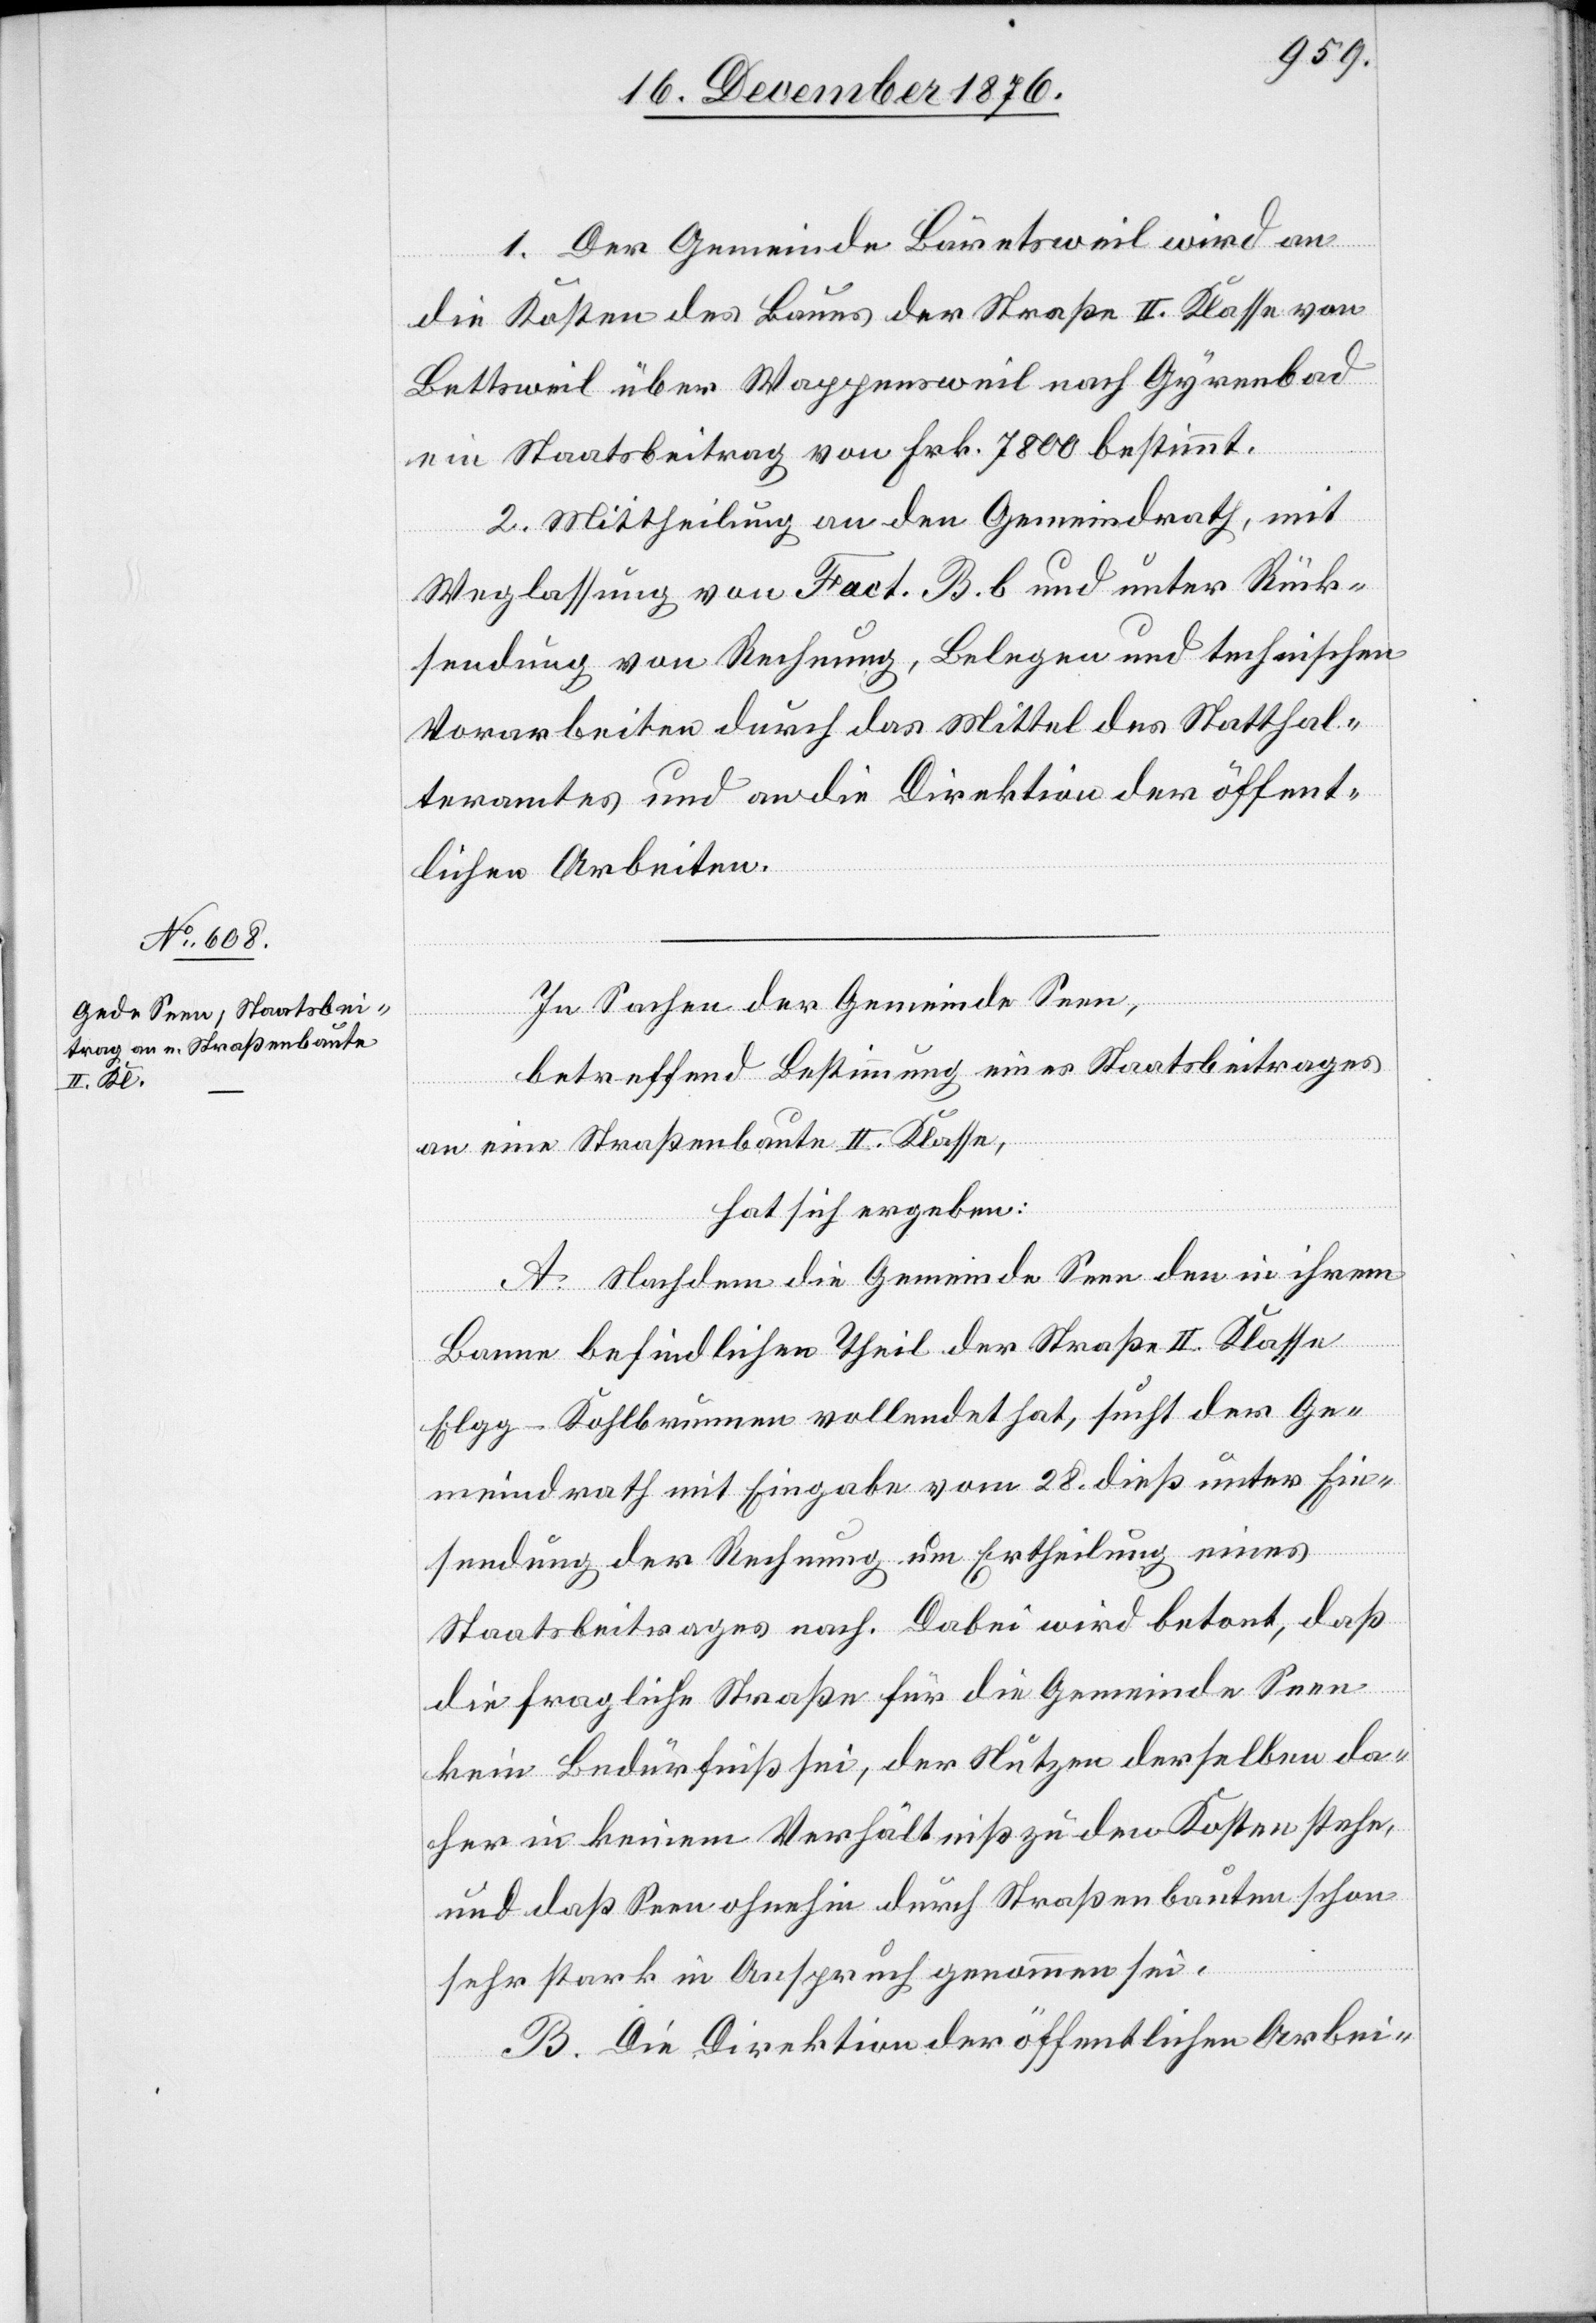
1. Der Gemeinde Bäretsweil wird an
die Kosten des Baues der Straße II. Klasse von
Bettsweil über Wappensweil nach Gyrenbad
ein Staatsbeitrag von Frk. 7800 bestimmt.
2. Mittheilung an den Gemeindrath, mit
Weglassung von Fact. B. b und unter Rück¬
sendung von Rechnung, Belegen und technischen
Vorarbeiten durch das Mittel des Statthal¬
teramtes und an die Direktion der öffent¬
lichen Arbeiten.
In Sachen der Gemeinde Seen,
betreffend Bestimmung eines Staatsbeitrages
an eine Straßenbaute II. Klasse,
hat sich ergeben:
A. Nachdem die Gemeinde Seen den in ihrem
Banne befindlichen Theil der Straße II. Klasse
Elgg–Kohlbrunnen vollendet hat, such der Ge¬
meindrath mit Eingabe vom 28. dieß unter Ein¬
sendung der Rechnung um Ertheilung eines
Staatsbeitrages nach. Dabei wird betont, daß
die fragliche Straße für die Gemeinde Seen
kein Bedürfniß sei, der Nutzen derselben da¬
her in keinem Verhältniß zu den Kosten stehe,
und daß Seen ohnehin durch Straßenbauten schon
sehr stark in Anspruch genommen sei.
B. Die Direktion der öffentlichen Arbei-